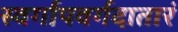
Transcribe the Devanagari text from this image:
स्वर्गापवर्गदातारं